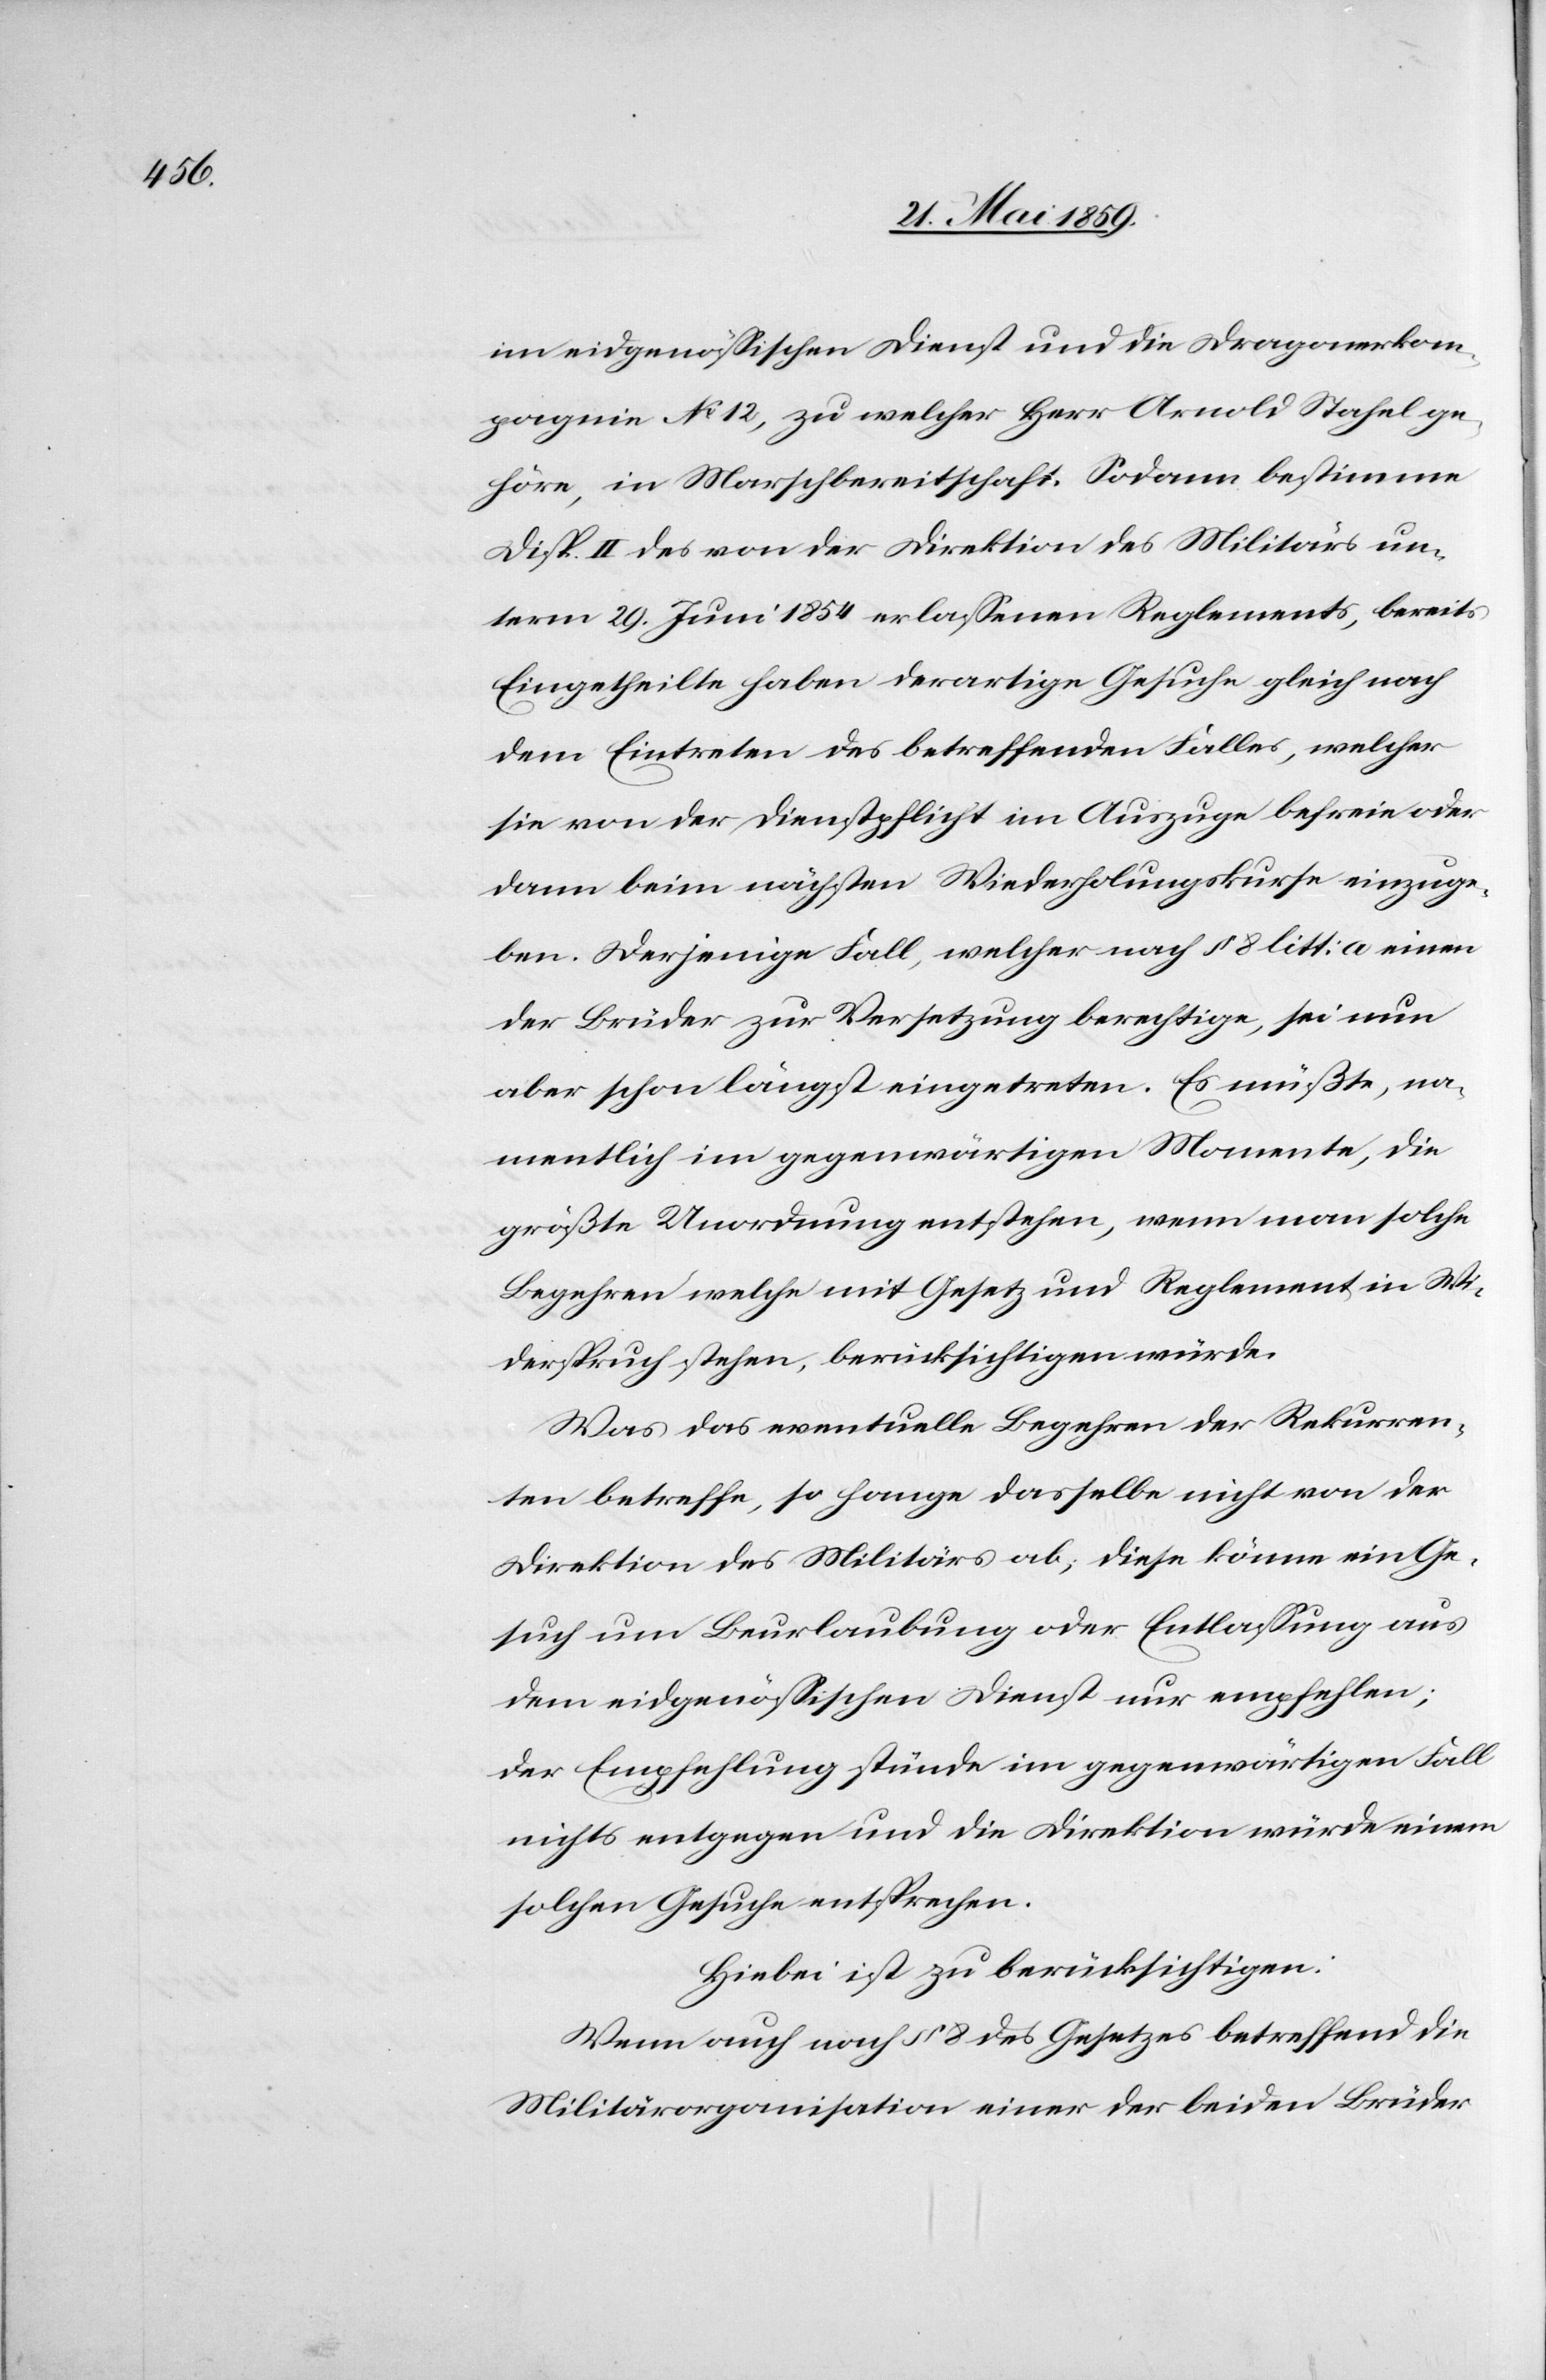
im eidgenössischen Dienst und die Dragonerkom¬
pagnie No 12, zu welcher Herr Arnold Stahel ge¬
höre, in Marschbereitschaft. Sodann bestimme
Disp. II des von der Direktion des Militärs un¬
term 29. Juni 1854 erlassenen Reglements, bereits
Eingetheilte haben derartige Gesuche gleich nach
dem Eintreten des betreffenden Falles, welcher
sie nun der Dienstpflicht im Auszuge befreie oder
dann beim nächsten Wiederholungskurse einzuge¬
ben. Derjenige Fall, welcher nach 8 litt: a einen
der Brüder zur Versetzung berechtige, sei nun
aber schon längst eingetreten. Es müßte, na¬
mentlich im gegenwärtigen Momente, die
größte Unordnung entstehen, wenn man solche
Begehren welche mit Gesetz und Reglement in Wi¬
derspruch stehen, berücksichtigen würde.
Was das eventuelle Begehren der Rekurren¬
ten betreffe, so hange dasselbe nicht von der
Direktion des Militärs ab; diese könne ein Ge¬
such um Beurlaubung oder Entlassung aus
dem eidgenössischen Dienst nur empfehlen;
der Empfehlung stünde im gegenwärtigen Fall
nichts entgegen und die Direktion würde einem
solchen Gesuche entsprechen.
Hiebei ist zu berücksichtigen:
Wenn auch nach § 8 des Gesetzes betreffend die
Militärorganisation einer der beiden Brüder